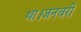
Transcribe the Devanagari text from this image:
था।जनवरी